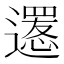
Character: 𨗫